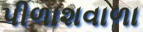
પીળાશવાળા